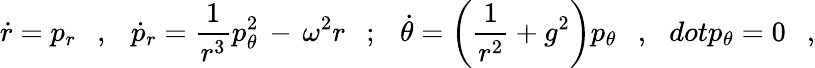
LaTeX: \dot{r}=p_{r}\ \ \ ,\ \ \ \dot{p}_{r}=\frac{1}{r^{3}}p_{\theta}^{2}\, -\, \omega^{2}r\ \ \ ;\ \ \ \dot{\theta}=\left(\frac{1}{r^{2}}+g^{2}\right)p_{\theta}\ \ \ ,\ \ \, dot{p}_{\theta}=0\ \ \ ,